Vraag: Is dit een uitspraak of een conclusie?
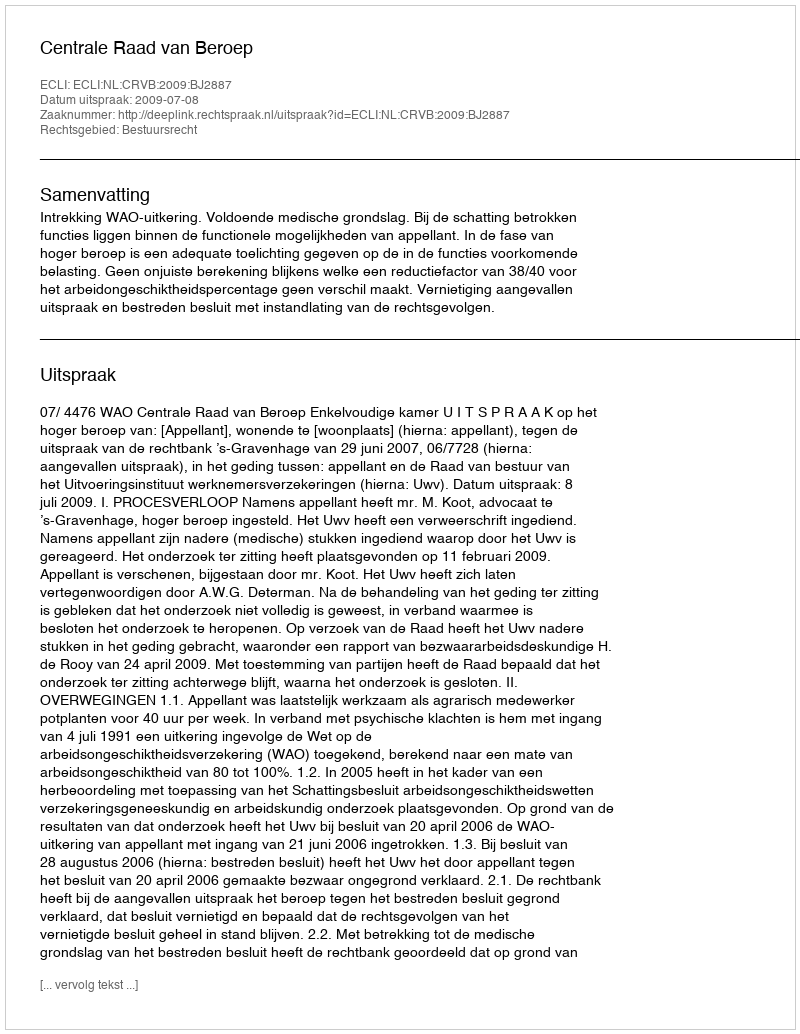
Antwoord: Uitspraak